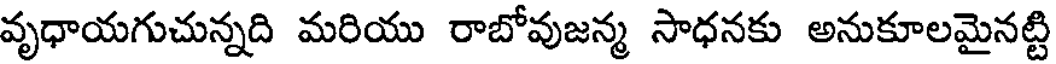
వృధాయగుచున్నది మరియు రాబోవుజన్మ సాధనకు అనుకూలమైనట్టి